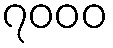
၇၀၀၀